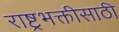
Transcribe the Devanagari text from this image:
राष्ट्रभक्तीसाठी